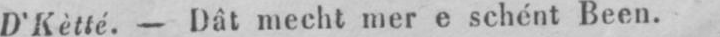
D’Kètté. - Dât mecht mer e schént Been.